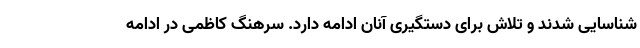
شناسایی شدند و تلاش برای دستگیری آنان ادامه دارد. سرهنگ کاظمی در ادامه